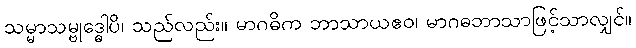
သမ္မာသမ္ဗုဒ္ဓေါပိ၊ သည်လည်း။ မာဂဓိက ဘာသာယဧဝ၊ မာဂဓဘာသာဖြင့်သာလျှင်။